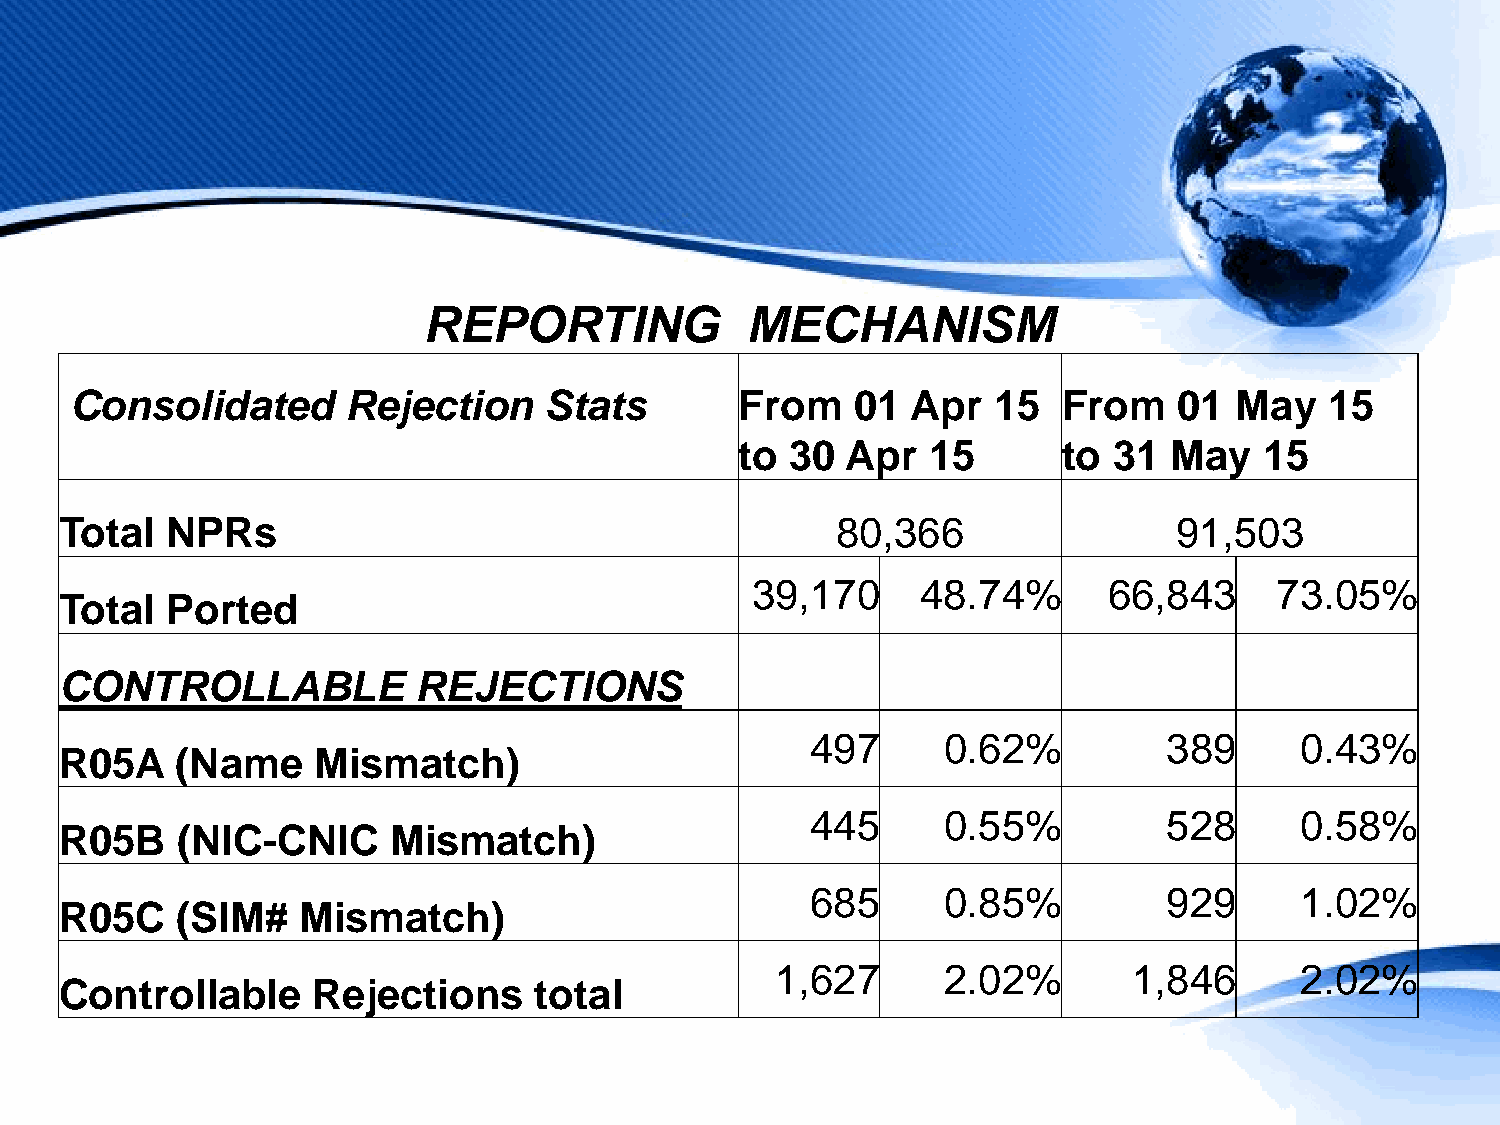
REPORTING            MECHANISM
 Consolidated      Rejection    Stats        From    01 Apr   15  From    01  May   15
 to 30  Apr  15       to  31 May    15
 Total  NPRs                                        80,366                 91,503
 39,170     48.74%      66,843      73.05%
 Total  Ported
 CONTROLLABLE            REJECTIONS
 497     0.62%          389      0.43%
 R05A    (Name    Mismatch)
 445     0.55%          528      0.58%
 R05B    (NIC-CNIC     Mismatch)
 685     0.85%          929      1.02%
 R05C    (SIM#   Mismatch)
 1,627      2.02%        1,846      2.02%
 Controllable     Rejections    total